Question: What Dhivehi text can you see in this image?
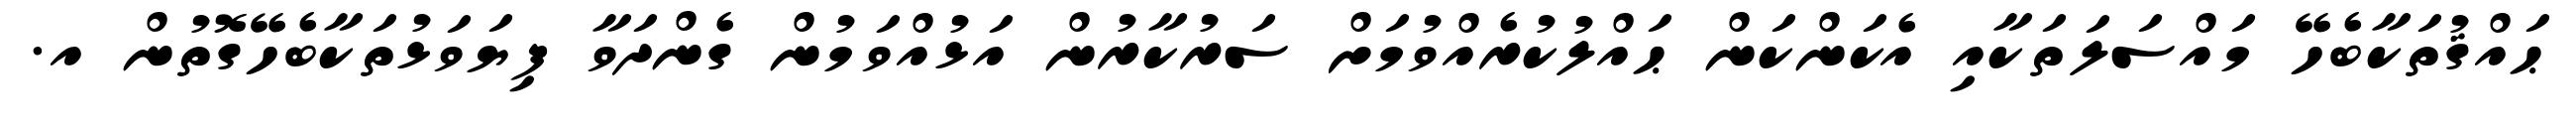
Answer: ޙައްޤުތަކާބެހޭ މައްސަލަތަކާއި އެކަންކަން ޙައްލުކުރެއްވުމަށް ސަރުކާރުން އަޅުއްވަމުން ގެންދަވާ ފިޔަވަޅުތަކާބެހޭގޮތުން އ.